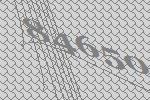
84650